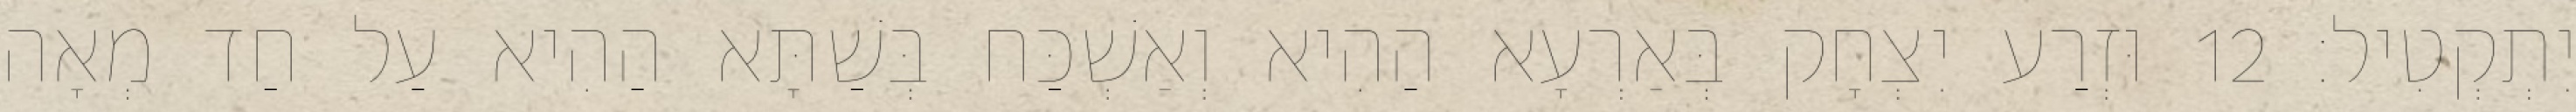
יִתְקְטִיל׃ 12 וּזְרַע יִצְחָק בְּאַרְעָא הַהִיא וְאַשְׁכַּח בְּשַׁתָּא הַהִיא עַל חַד מְאָה